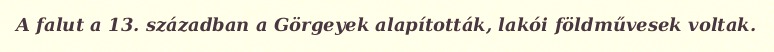
A falut a 13. században a Görgeyek alapították, lakói földművesek voltak.